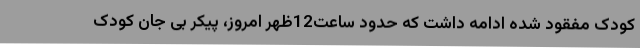
کودک مفقود شده ادامه داشت که حدود ساعت12ظهر امروز، پیکر بی جان کودک